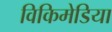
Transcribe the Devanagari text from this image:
विकिमेडिया